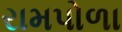
રામપોળા